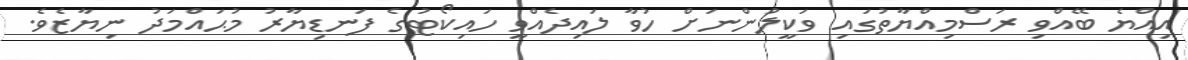
އިއްޔެ ބޭއްވި ރަސްމިއްޔާތުގައި ވަކީލުންނަށް ހުވާ ލައިދެއްވީ ހައިކޯޓުގެ ފަނޑިޔާރު މުޙައްމަދު ނިޔާޒެވެ.